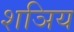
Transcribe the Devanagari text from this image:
शञिय